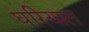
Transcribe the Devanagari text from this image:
घरियाल